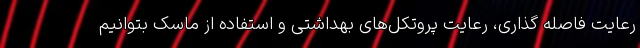
رعایت فاصله گذاری، رعایت پروتکل‌های بهداشتی و استفاده از ماسک بتوانیم